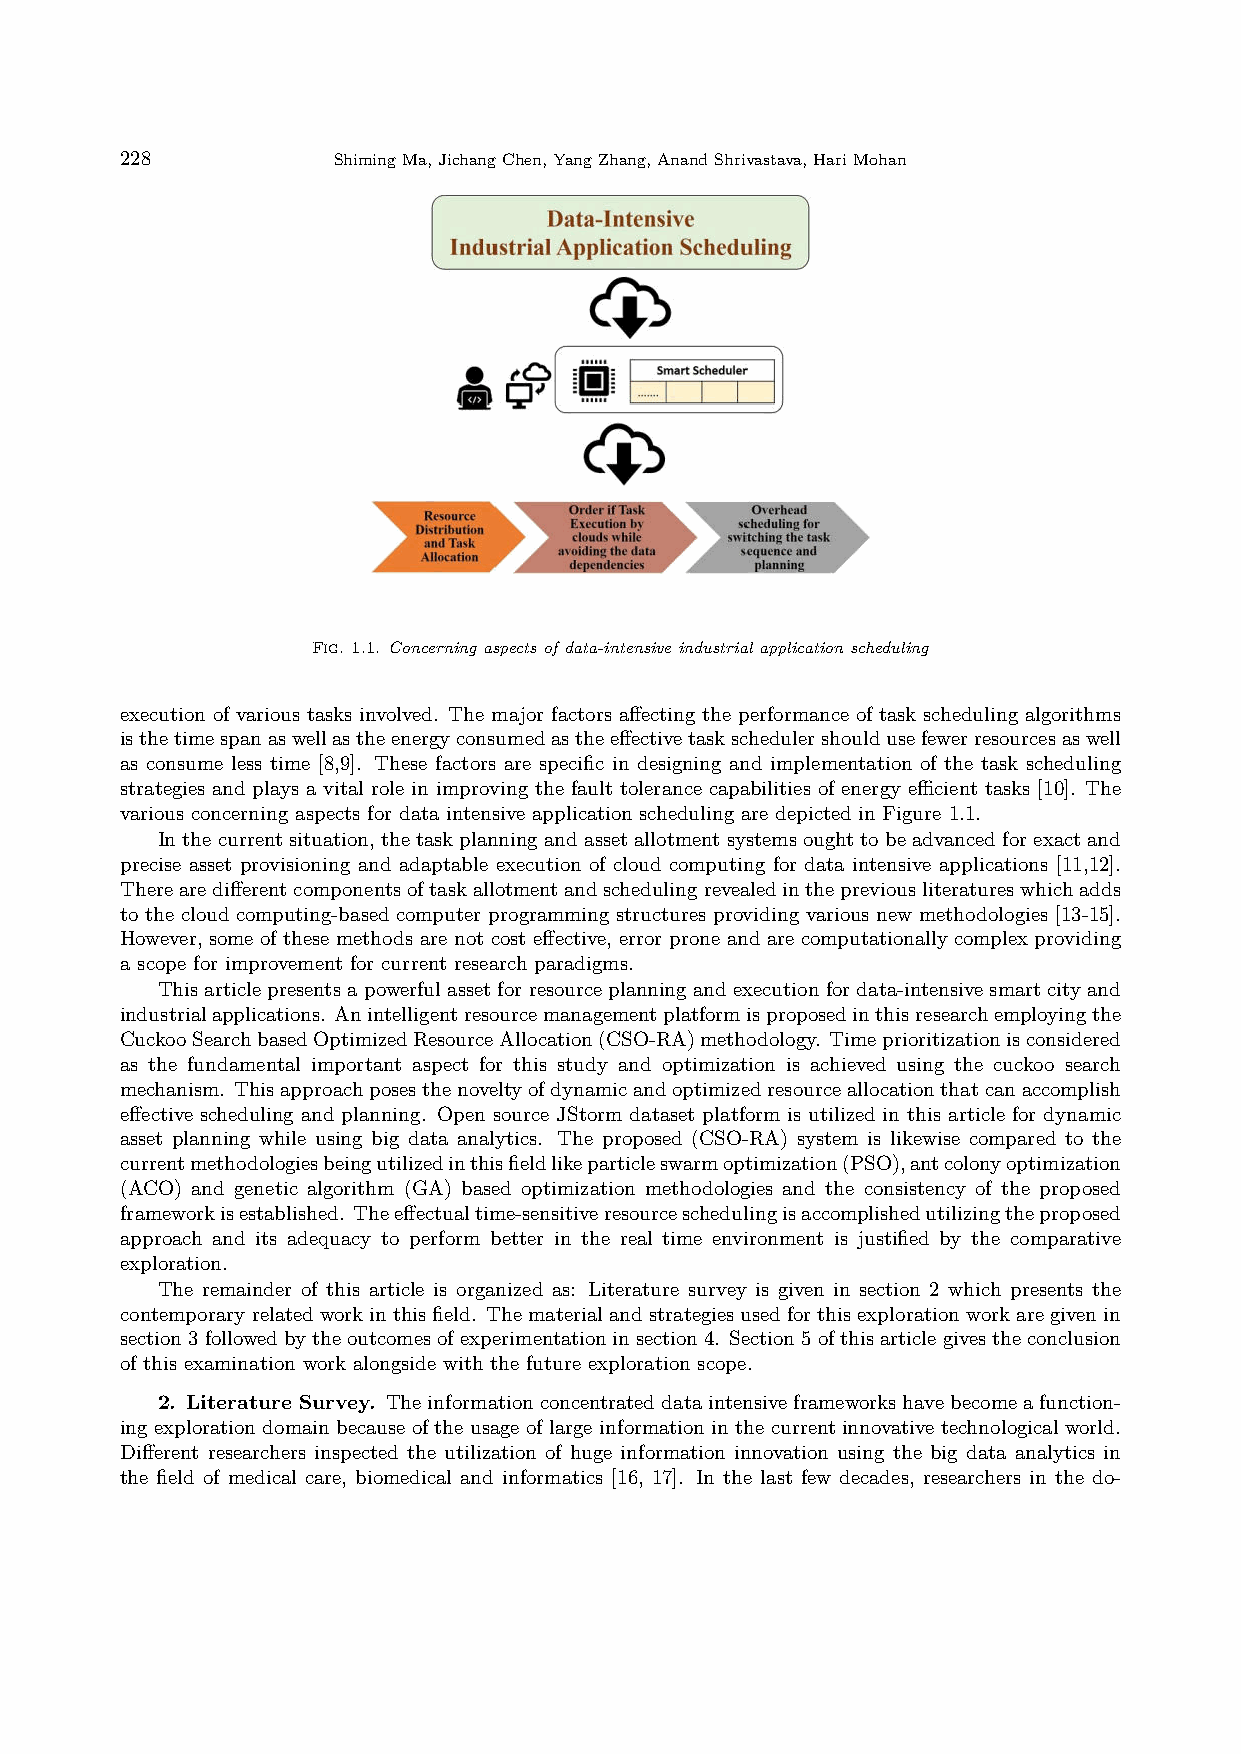
228           ShimingMa,JichangChen,YangZhang,AnandShrivastava,HariMohan
 Fig. 1.1. Concerning aspects of data-intensive industrial application scheduling
 execution of various tasks involved. The major factors affecting the performance of task scheduling algorithms
 isthetimespanaswellastheenergyconsumedastheeffectivetaskschedulershouldusefewerresourcesaswell
 as consume less time [8,9]. These factors are specific in designing and implementation of the task scheduling
 strategies and plays a vital role in improving the fault tolerance capabilities of energy eﬀicient tasks [10]. The
 various concerning aspects for data intensive application scheduling are depicted in Figure 1.1.
 Inthecurrentsituation, thetaskplanningandassetallotmentsystemsoughttobeadvancedforexactand
 precise asset provisioning and adaptable execution of cloud computing for data intensive applications [11,12].
 Therearedifferentcomponentsoftaskallotmentandschedulingrevealedinthepreviousliteratureswhichadds
 to the cloud computing-based computer programming structures providing various new methodologies [13-15].
 However, some of these methods are not cost effective, error prone and are computationally complex providing
 a scope for improvement for current research paradigms.
 Thisarticlepresentsapowerfulassetforresourceplanningandexecutionfordata-intensivesmartcityand
 industrialapplications. Anintelligentresourcemanagementplatformisproposedinthisresearchemployingthe
 CuckooSearchbasedOptimizedResourceAllocation(CSO-RA)methodology. Timeprioritizationisconsidered
 as the fundamental important aspect for this study and optimization is achieved using the cuckoo search
 mechanism. Thisapproachposesthenoveltyofdynamicandoptimizedresourceallocationthatcanaccomplish
 effective scheduling and planning. Open source JStorm dataset platform is utilized in this article for dynamic
 asset planning while using big data analytics. The proposed (CSO-RA) system is likewise compared to the
 currentmethodologiesbeingutilizedinthisfieldlikeparticleswarmoptimization(PSO),antcolonyoptimization
 (ACO) and genetic algorithm (GA) based optimization methodologies and the consistency of the proposed
 frameworkisestablished. Theeffectualtime-sensitiveresourceschedulingisaccomplishedutilizingtheproposed
 approach and its adequacy to perform better in the real time environment is justified by the comparative
 exploration.
 The remainder of this article is organized as: Literature survey is given in section 2 which presents the
 contemporaryrelatedworkinthisfield. Thematerialandstrategiesusedforthisexplorationworkaregivenin
 section3followedbytheoutcomesofexperimentationinsection4. Section5ofthisarticlegivestheconclusion
 of this examination work alongside with the future exploration scope.
 2. Literature Survey. Theinformationconcentrateddataintensiveframeworkshavebecomeafunction-
 ing exploration domain because of the usage of large information in the current innovative technological world.
 Different researchers inspected the utilization of huge information innovation using the big data analytics in
 the field of medical care, biomedical and informatics [16, 17]. In the last few decades, researchers in the do-